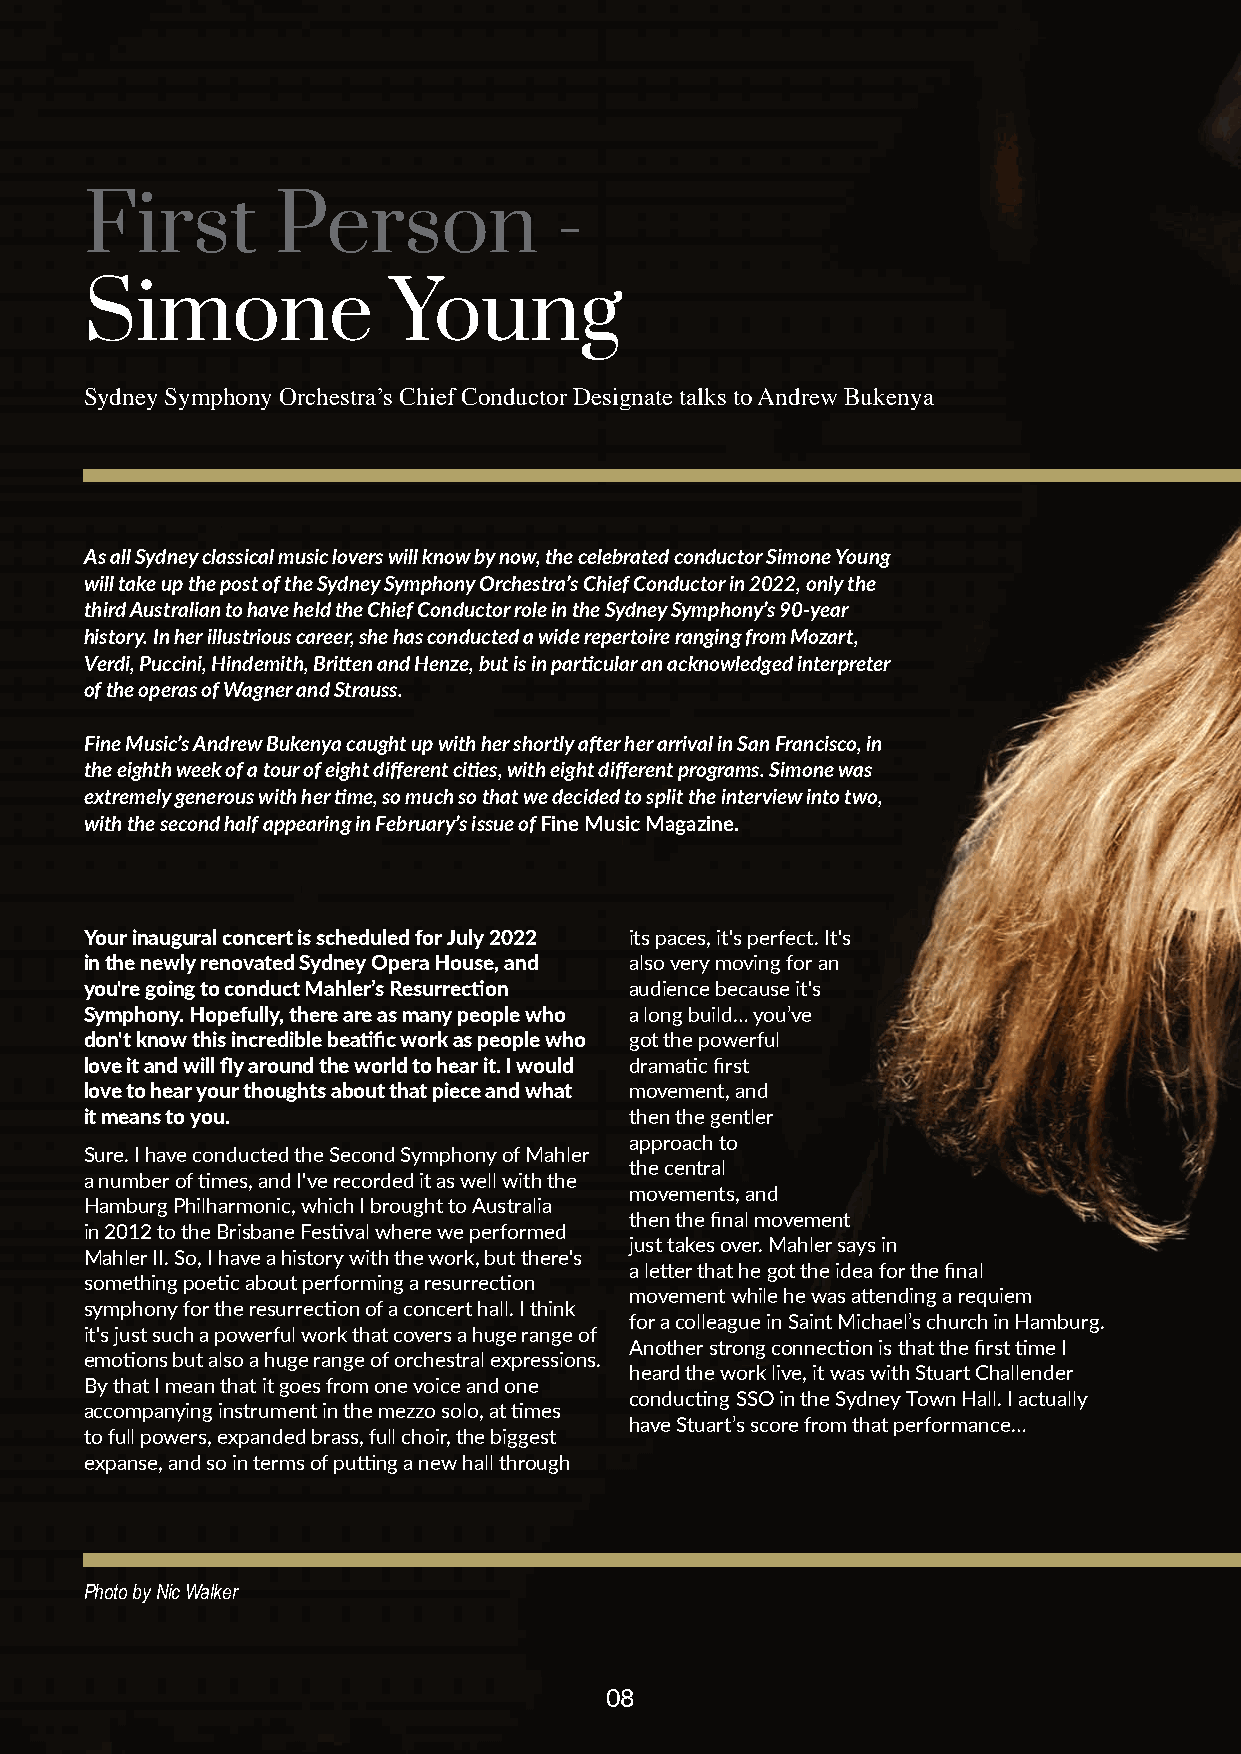
First       Person             -
 Simone              Young
 Sydney Symphony Orchestra’s Chief Conductor Designate talks to Andrew Bukenya
 As all Sydney classical music lovers will know by now, the celebrated conductor Simone Young
 will take up the post of the Sydney Symphony Orchestra’s Chief Conductor in 2022, only the
 third Australian to have held the Chief Conductor role in the Sydney Symphony’s 90-year
 history. In her illustrious career, she has conducted a wide repertoire ranging from Mozart,
 Verdi, Puccini, Hindemith, Britten and Henze, but is in particular an acknowledged interpreter
 of the operas of Wagner and Strauss.
 Fine Music’s Andrew Bukenya caught up with her shortly after her arrival in San Francisco, in
 the eighth week of a tour of eight different cities, with eight different programs. Simone was
 extremely generous with her time, so much so that we decided to split the interview into two,
 with the second half appearing in February’s issue of Fine Music Magazine.
 Your inaugural concert is scheduled for July 2022 its paces, it's perfect. It's
 in the newly renovated Sydney Opera House, and also very moving for an
 you're going to conduct Mahler’s Resurrection audience because it's
 Symphony. Hopefully, there are as many people who a long build… you’ve
 don't know this incredible beatific work as people who got the powerful
 love it and will fly around the world to hear it. I would dramatic first
 love to hear your thoughts about that piece and what movement, and
 it means to you.                    then the gentler
 approach to
 Sure. I have conducted the Second Symphony of Mahler
 the central
 a number of times, and I've recorded it as well with the
 movements, and
 Hamburg Philharmonic, which I brought to Australia
 then the final movement
 in 2012 to the Brisbane Festival where we performed
 just takes over. Mahler says in
 Mahler II. So, I have a history with the work, but there's
 a letter that he got the idea for the final
 something poetic about performing a resurrection
 movement while he was attending a requiem
 symphony for the resurrection of a concert hall. I think
 for a colleague in Saint Michael’s church in Hamburg.
 it's just such a powerful work that covers a huge range of
 Another strong connection is that the first time I
 emotions but also a huge range of orchestral expressions.
 heard the work live, it was with Stuart Challender
 By that I mean that it goes from one voice and one
 conducting SSO in the Sydney Town Hall. I actually
 accompanying instrument in the mezzo solo, at times
 have Stuart’s score from that performance…
 to full powers, expanded brass, full choir, the biggest
 expanse, and so in terms of putting a new hall through
 Photo by Nic Walker
 0088